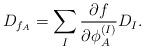
LaTeX: \begin{align*}D_{f_A}=\sum_I {{\partial f}\over{\partial\phi_A^{(I)}}}D_I. \end{align*}